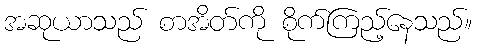
အဆုယာသည် စာအိတ်ကို စိုက်ကြည့်နေသည်။